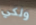
ولكي